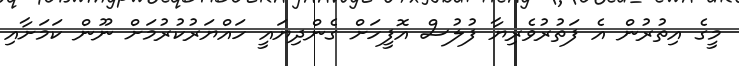
މީގެ އިތުރުން އެ ފަތުރުވެރިޔާ ފުލުސް އޮފީހަށް ގެންދިޔައީ ހައްޔަރުކުރުމަށް ނޫން ކަމަށާއި